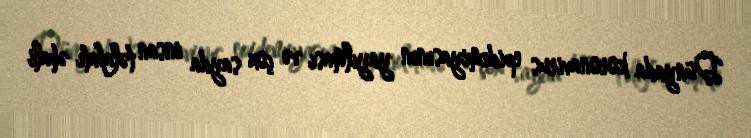
Dünyada koronavirus epidemiyasının yayılması və çox sayda insan təlafatı əhali